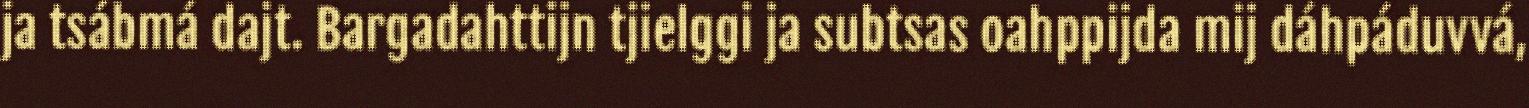
ja tsábmá dajt. Bargadahttijn tjielggi ja subtsas oahppijda mij dáhpáduvvá,